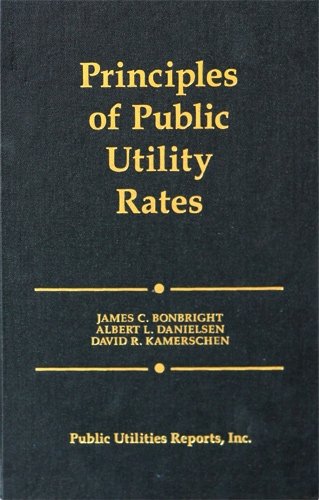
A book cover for Principles of Public Utility Rates; James C. Bonbright; Law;